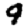
Digit: 9